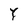
Character: Y